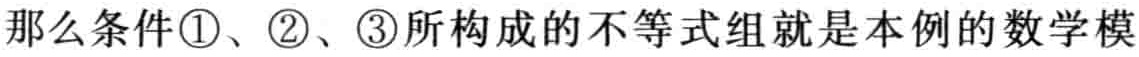
那么条件\textcircled{1}、\textcircled{2}、\textcircled{3}所构成的不等式组就是本例的数学模